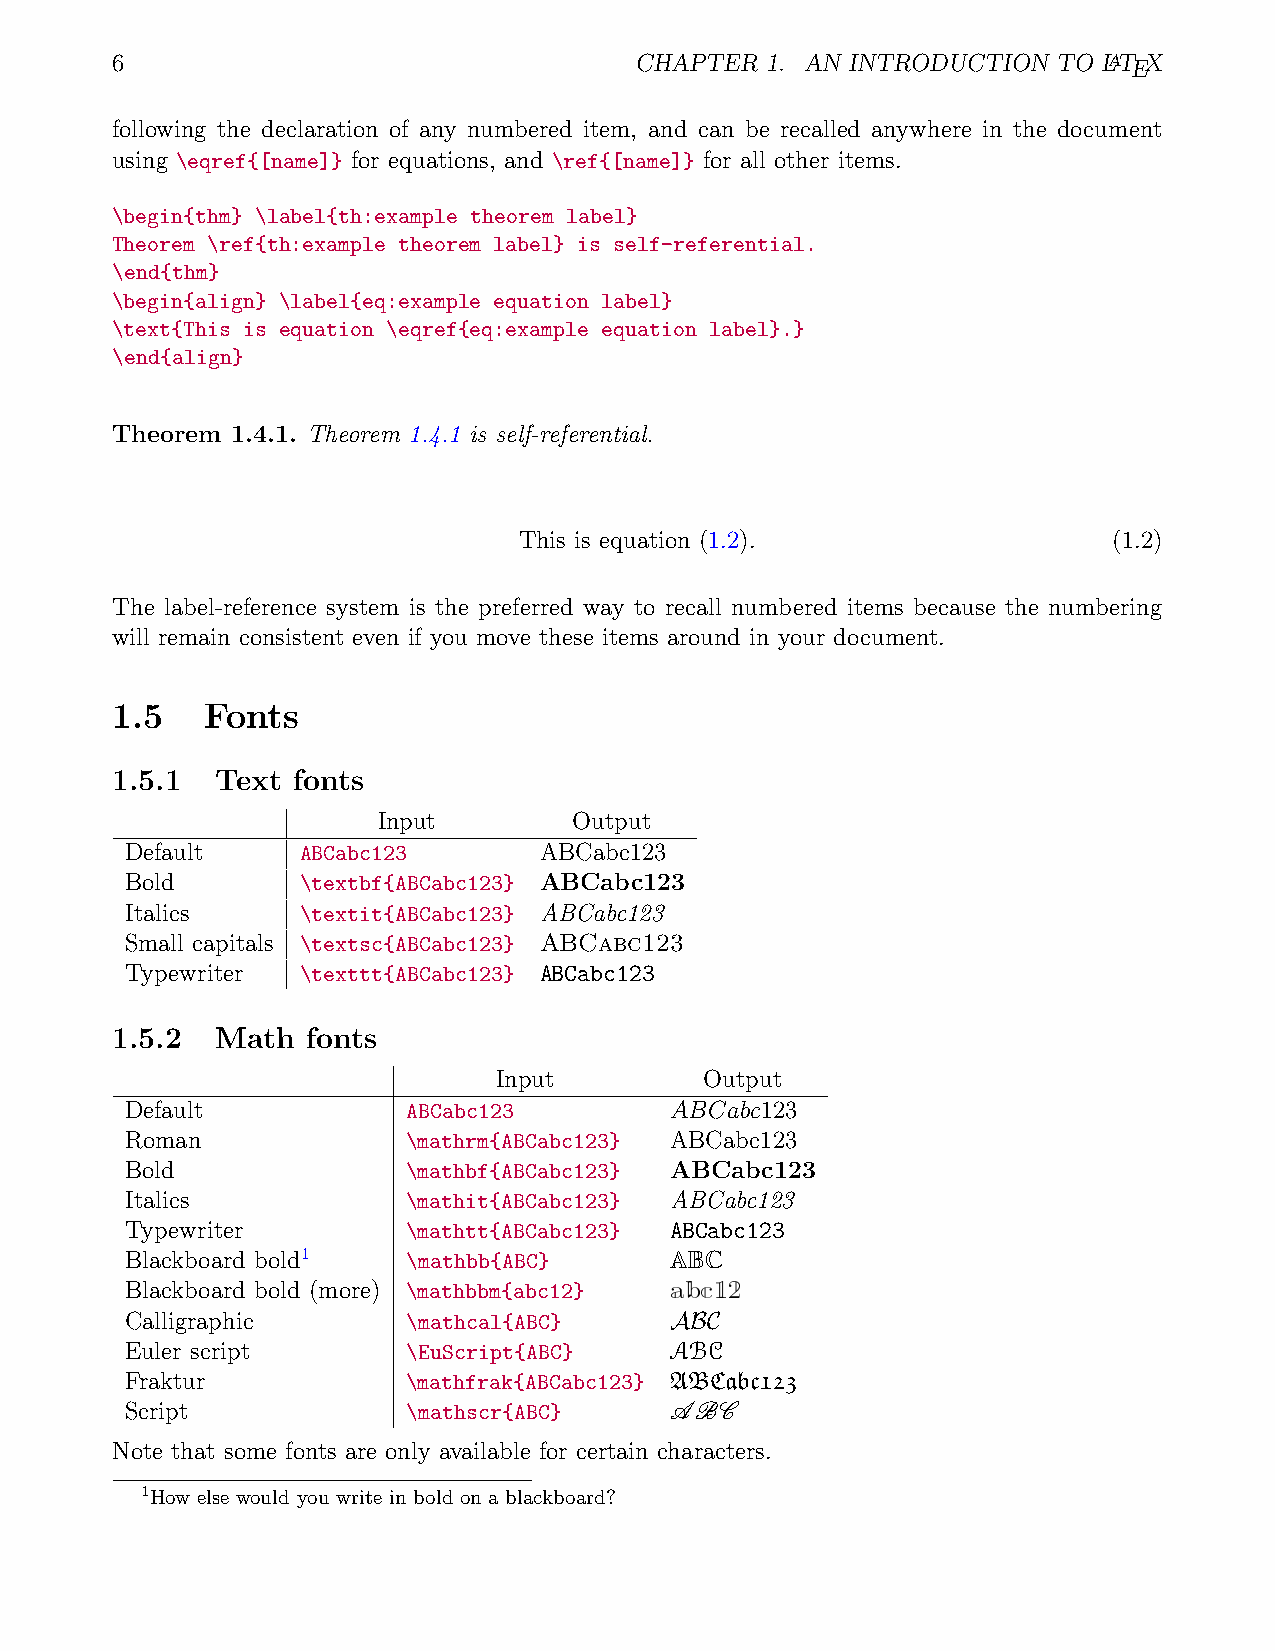
6                                  CHAPTER  1. AN INTRODUCTION TO LATEX
 following the declaration of any numbered item, and can be recalled anywhere in the document
 using \eqref{[name]} for equations, and \ref{[name]} for all other items.
 \begin{thm} \label{th:example theorem label}
 Theorem \ref{th:example theorem label} is self-referential.
 \end{thm}
 \begin{align} \label{eq:example equation label}
 \text{This is equation \eqref{eq:example equation label}.}
 \end{align}
 Theorem 1.4.1. Theorem 1.4.1 is self-referential.
 This is equation (1.2).                 (1.2)
 The label-reference system is the preferred way to recall numbered items because the numbering
 will remain consistent even if you move these items around in your document.
 1.5    Fonts
 1.5.1  Text fonts
 Input        Output
 Default     ABCabc123       ABCabc123
 Bold        \textbf{ABCabc123} ABCabc123
 Italics     \textit{ABCabc123} ABCabc123
 Small capitals \textsc{ABCabc123} ABCabc123
 Typewriter  \texttt{ABCabc123} ABCabc123
 1.5.2  Math  fonts
 Input         Output
 Default            ABCabc123        ABCabc123
 Roman              \mathrm{ABCabc123} ABCabc123
 Bold               \mathbf{ABCabc123} ABCabc123
 Italics            \mathit{ABCabc123} ABCabc123
 Typewriter         \mathtt{ABCabc123} ABCabc123
 Blackboard bold1   \mathbb{ABC}     ABC
 Blackboard bold (more) \mathbbm{abc12} abc12
 Calligraphic       \mathcal{ABC}    ABC
 Euler script       \EuScript{ABC}   ABC
 Fraktur            \mathfrak{ABCabc123} ABCabc123
 Script             \mathscr{ABC}    ABC
 Note that some fonts are only available for certain characters.
 1How else would you write in bold on a blackboard?